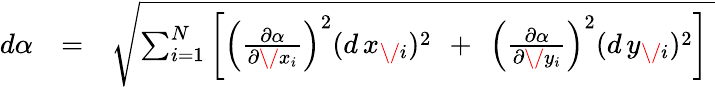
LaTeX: \begin{array}{rlr}{d\alpha}&{=}&{\sqrt{\sum_{i=1}^{N}\left[\left({\frac{\partial\alpha}{\partial\/ x_{i}}}\right)^{2}(d\, x_{\mathit\/ i})^{2}\mathrm{\, ~+~\, }\left({\frac{\partial\alpha}{\partial\/ y_{i}}}\right)^{2}(d\, y_{\mathit\/ i})^{2}\right]\ }}\end{array}